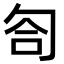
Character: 匌